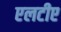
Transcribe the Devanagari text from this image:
एलटीए